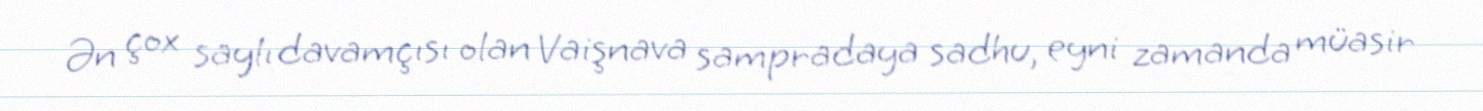
Ən çox saylı davamçısı olan Vaişnava sampradaya sadhu, eyni zamanda müasir